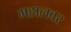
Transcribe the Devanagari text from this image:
महालवर